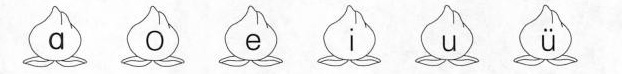
a o e i u ü